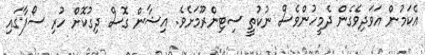
އެކަމުން އަވަދިވެގެން ދެމީހުންވެސް ނުކުތީ ސިޓިންރޫމަށެވެ. އިޝާން ގޮސް ދިގުކޮށް ހުރި ސޯފާގައި